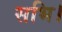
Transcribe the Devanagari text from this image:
सभि।